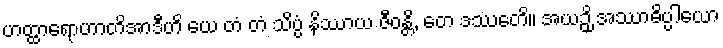
ဟတ္ထာရောဟာတိအာဒီဟိ ယေ တံ တံ သိပ္ပံ နိဿာယ ဇီဝန္တိ, တေ ဒဿေတိ။ အယဉှိ အဿာဓိပ္ပါယော